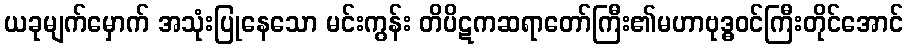
ယခုမျက်မှောက် အသုံးပြုနေသော မင်းကွန်း တိပိဋကဆရာတော်ကြီး၏မဟာဗုဒ္ဓဝင်ကြီးတိုင်အောင်